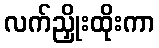
လက်ညှိုးထိုးကာ